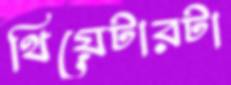
থিয়েটারটা